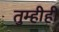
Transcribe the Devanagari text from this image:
तुम्हीही